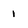
Character: 1